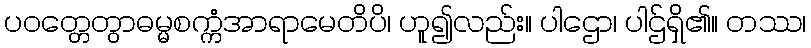
ပဝတ္တေတွာဓမ္မစက္ကံအာရာမေတိပိ၊ ဟူ၍လည်း။ ပါဌော၊ ပါဌ်ရှိ၏။ တဿ၊